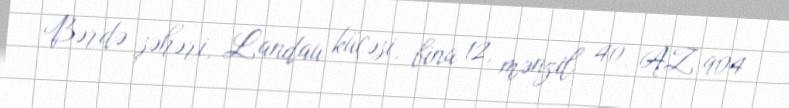
Bərdə şəhəri, Landau küçəsi, bina 12, mənzil 40, AZ 904